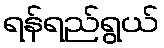
ရန်ရည်ရွယ်